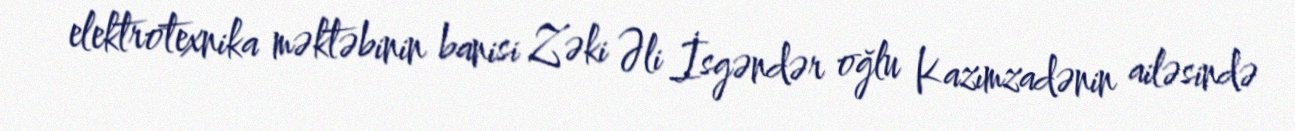
elektrotexnika məktəbinin banisi Zəki Əli İsgəndər oğlu Kazımzadənin ailəsində